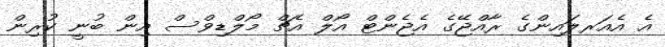
އެ އެއަރލައިންގެ ރާއްޖޭގެ އެޖެންޓް އޯލް އެޗް މޯލްޑިވްސް އިން ބުނީ ކުރިން